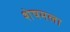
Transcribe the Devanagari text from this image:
शेषमला